Civil Veterinary Dept. Bombay admin report 1932-41 - 1932-1941
Year: 1932
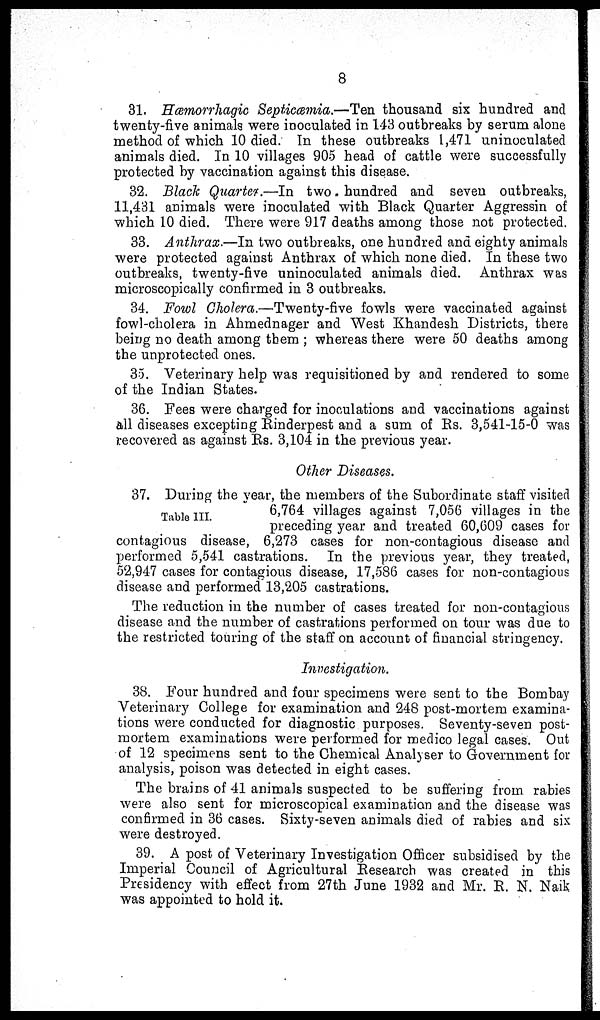
8
31. Hæmorrhagic Septicæmia.—Ten thousand six hundred and
twenty-five animals were inoculated in 143 outbreaks by serum alone
method of which 10 died. In these outbreaks 1,471 uninoculated
animals died. In 10 villages 905 head of cattle were successfully
protected by vaccination against this disease.
32. Black Quarter.—In two. hundred and seven outbreaks,
11,431 animals were inoculated with Black Quarter Aggressin of
which 10 died. There were 917 deaths among those not protected.
33. Anthrax.—In two outbreaks, one hundred and eighty animals
were protected against Anthrax of which none died. In these two
outbreaks, twenty-five uninoculated animals died. Anthrax was
microscopically confirmed in 3 outbreaks.
34. Fowl Cholera.—Twenty-five fowls were vaccinated against
fowl-cholera in Ahmednager and West Khandesh Districts, there
being no death among them; whereas there were 50 deaths among
the unprotected ones.
35. Veterinary help was requisitioned by and rendered to some
of the Indian States.
36. Fees were charged for inoculations and vaccinations against
all diseases excepting Rinderpest and a sum of Rs. 3,541-15-0 was
recovered as against Rs. 3,104 in the previous year.
Other Diseases.
Table III.
37. During the year, the members of the Subordinate staff visited
6,764 villages against 7,056 villages in the
preceding year and treated 60,609 cases for
contagious disease, 6,273 cases for non-contagious disease and
performed 5,541 castrations. In the previous year, they treated,
52,947 cases for contagious disease, 17,586 cases for non-contagious
disease and performed 13,205 castrations.
The reduction in the number of cases treated for non-contagious
disease and the number of castrations performed on tour was due to
the restricted touring of the staff on account of financial stringency.
Investigation.
38. Four hundred and four specimens were sent to the Bombay
Veterinary College for examination and 248 post-mortem examina-
tions were conducted for diagnostic purposes. Seventy-seven post-
mortem examinations were performed for medico legal cases. Out
of 12 specimens sent to the Chemical Analyser to Government for
analysis, poison was detected in eight cases.
The brains of 41 animals suspected to be suffering from rabies
were also sent for microscopical examination and the disease was
confirmed in 36 cases. Sixty-seven animals died of rabies and six
were destroyed.
39. A post of Veterinary Investigation Officer subsidised by the
Imperial Council of Agricultural Research was created in this
Presidency with effect from 27th June 1932 and Mr. R. N. Naik
was appointed to hold it.